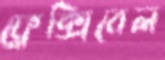
ফ্লেক্সিবেল